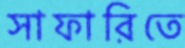
সাফারিতে